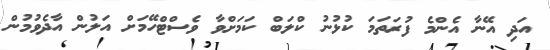
އަދި އޭނާ އެންމެ ފުރަތަމަ ކުޅުނު ކްލަބް ކަމަށްވާ ވެސްޓްހޭމަށް އަލުން އާދެވުމުން